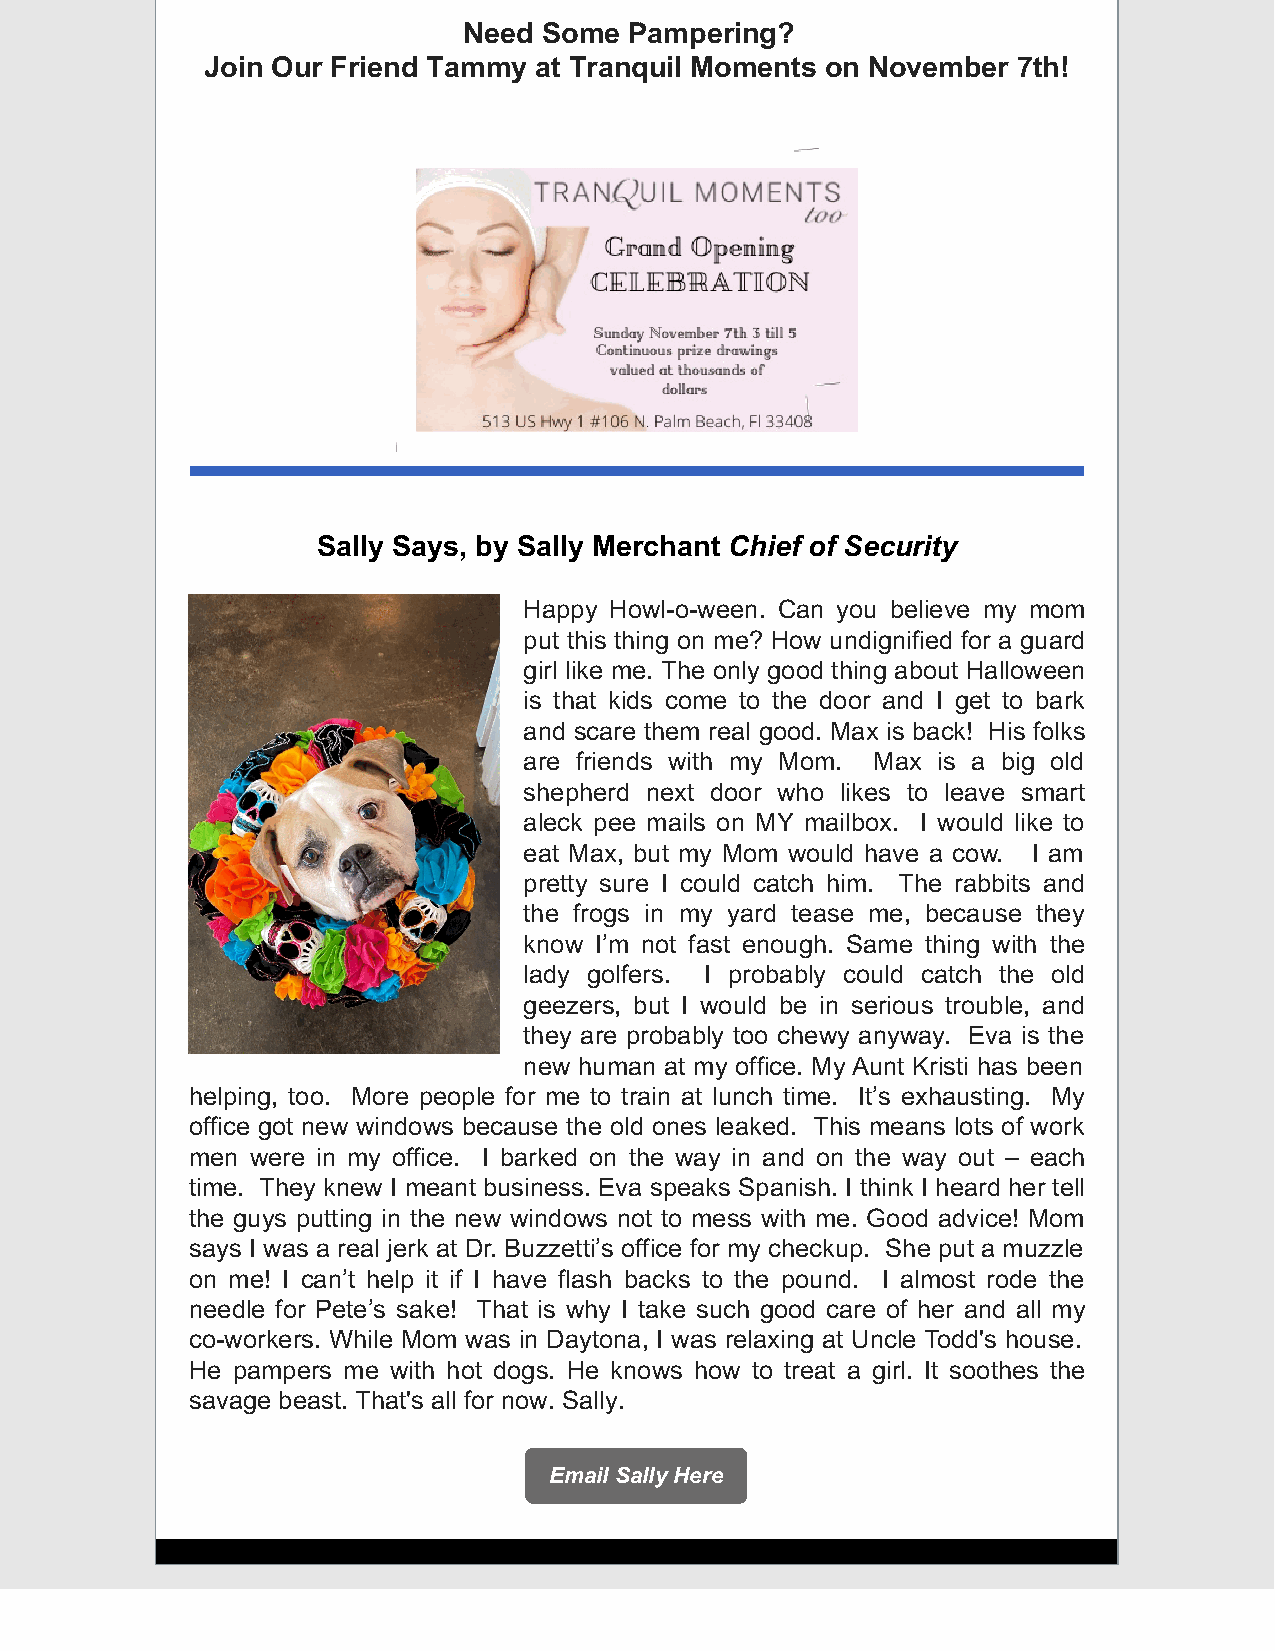
Need Some  Pampering?
 Join Our Friend Tammy at Tranquil Moments on November 7th!
 Sally Says, by Sally Merchant Chief of Security
 Happy Howl-o-ween. Can you believe my mom
 put this thing on me? How undignified for a guard
 girl like me. The only good thing about Halloween
 is that kids come to the door and I get to bark
 and scare them real good. Max is back! His folks
 are friends with my Mom. Max is a big old
 shepherd next door who likes to leave smart
 aleck pee mails on MY mailbox. I would like to
 eat Max, but my Mom would have a cow. I am
 pretty sure I could catch him. The rabbits and
 the frogs in my yard tease me, because they
 know I’m not fast enough. Same thing with the
 lady golfers. I probably could catch the old
 geezers, but I would be in serious trouble, and
 they are probably too chewy anyway. Eva is the
 new human at my office. My Aunt Kristi has been
 helping, too. More people for me to train at lunch time. It’s exhausting. My
 office got new windows because the old ones leaked. This means lots of work
 men were in my office. I barked on the way in and on the way out – each
 time. They knew I meant business. Eva speaks Spanish. I think I heard her tell
 the guys putting in the new windows not to mess with me. Good advice! Mom
 says I was a real jerk at Dr. Buzzetti’s office for my checkup. She put a muzzle
 on me! I can’t help it if I have flash backs to the pound. I almost rode the
 needle for Pete’s sake! That is why I take such good care of her and all my
 co-workers. While Mom was in Daytona, I was relaxing at Uncle Todd's house.
 He pampers me with hot dogs. He knows how to treat a girl. It soothes the
 savage beast. That's all for now. Sally.
 Email Sally Here